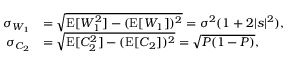
\begin{array} { r l } { \sigma _ { W _ { 1 } } } & { = \sqrt { \operatorname { E } [ W _ { 1 } ^ { 2 } ] - ( \operatorname { E } [ W _ { 1 } ] ) ^ { 2 } } = \sigma ^ { 2 } ( 1 + 2 | s | ^ { 2 } ) , } \\ { \sigma _ { C _ { 2 } } } & { = \sqrt { \operatorname { E } [ C _ { 2 } ^ { 2 } ] - ( \operatorname { E } [ C _ { 2 } ] ) ^ { 2 } } = \sqrt { P ( 1 - P ) } , } \end{array}